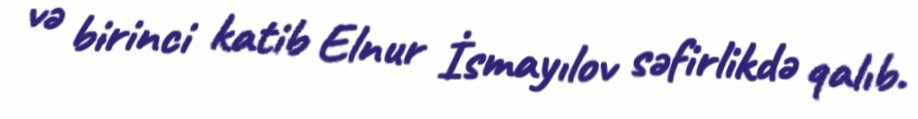
və birinci katib Elnur İsmayılov səfirlikdə qalıb.